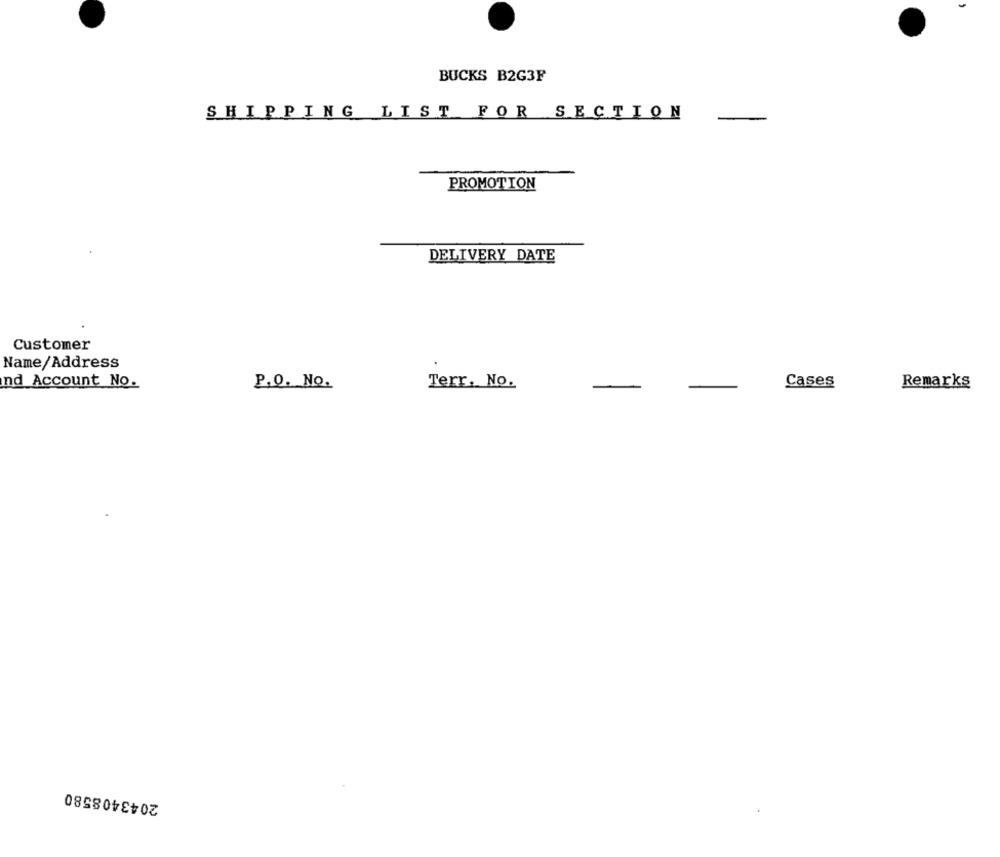
BUCKS B2G3F
SHIPPING LIST FOR SECTION
PROMOTION
DELIVERY DATE
Customer
Name/Address
nd Account No.
P.O. No.
Terr. No.
Cases
Remarks
2043408580